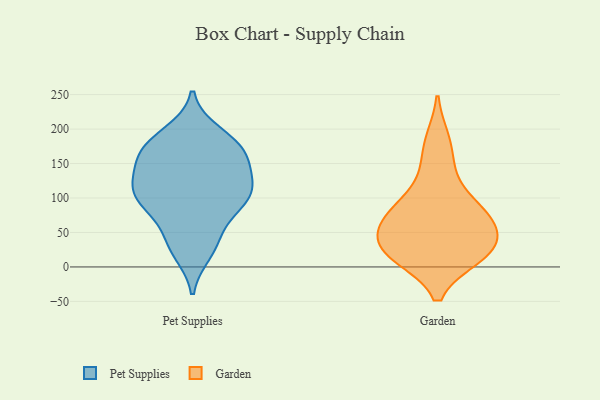
{"axis": {"x": "Humidity (%)", "y": "Value"}, "legend": ["Garden", "Pet Supplies"], "data": [{"x": "", "y": 177, "type": "Pet Supplies"}, {"x": "", "y": 98, "type": "Pet Supplies"}, {"x": "", "y": 131, "type": "Pet Supplies"}, {"x": "", "y": 36, "type": "Pet Supplies"}, {"x": "", "y": 38, "type": "Pet Supplies"}, {"x": "", "y": 80, "type": "Pet Supplies"}, {"x": "", "y": 169, "type": "Pet Supplies"}, {"x": "", "y": 22, "type": "Pet Supplies"}, {"x": "", "y": 111, "type": "Pet Supplies"}, {"x": "", "y": 100, "type": "Pet Supplies"}, {"x": "", "y": 143, "type": "Pet Supplies"}, {"x": "", "y": 179, "type": "Pet Supplies"}, {"x": "", "y": 95, "type": "Pet Supplies"}, {"x": "", "y": 118, "type": "Pet Supplies"}, {"x": "", "y": 106, "type": "Pet Supplies"}, {"x": "", "y": 159, "type": "Pet Supplies"}, {"x": "", "y": 165, "type": "Pet Supplies"}, {"x": "", "y": 193, "type": "Pet Supplies"}, {"x": "", "y": 81, "type": "Garden"}, {"x": "", "y": 143, "type": "Garden"}, {"x": "", "y": 15, "type": "Garden"}, {"x": "", "y": 15, "type": "Garden"}, {"x": "", "y": 80, "type": "Garden"}, {"x": "", "y": 20, "type": "Garden"}, {"x": "", "y": 54, "type": "Garden"}, {"x": "", "y": 184, "type": "Garden"}, {"x": "", "y": 46, "type": "Garden"}, {"x": "", "y": 96, "type": "Garden"}, {"x": "", "y": 58, "type": "Garden"}, {"x": "", "y": 24, "type": "Garden"}]}